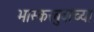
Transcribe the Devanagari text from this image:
भास्करबुवांच्या